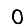
Digit: 0